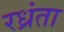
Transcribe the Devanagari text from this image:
रध्रंता